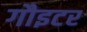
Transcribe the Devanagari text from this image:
गौइटर